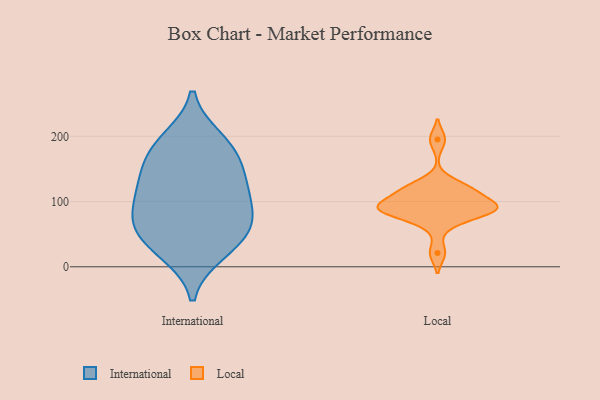
{"axis": {"x": "Conversion Rate (%)", "y": "Value"}, "legend": ["International", "Local"], "data": [{"x": "", "y": 57, "type": "International"}, {"x": "", "y": 179, "type": "International"}, {"x": "", "y": 23, "type": "International"}, {"x": "", "y": 138, "type": "International"}, {"x": "", "y": 122, "type": "International"}, {"x": "", "y": 90, "type": "International"}, {"x": "", "y": 34, "type": "International"}, {"x": "", "y": 64, "type": "International"}, {"x": "", "y": 73, "type": "International"}, {"x": "", "y": 121, "type": "International"}, {"x": "", "y": 174, "type": "International"}, {"x": "", "y": 194, "type": "International"}, {"x": "", "y": 121, "type": "Local"}, {"x": "", "y": 122, "type": "Local"}, {"x": "", "y": 92, "type": "Local"}, {"x": "", "y": 110, "type": "Local"}, {"x": "", "y": 87, "type": "Local"}, {"x": "", "y": 195, "type": "Local"}, {"x": "", "y": 86, "type": "Local"}, {"x": "", "y": 92, "type": "Local"}, {"x": "", "y": 21, "type": "Local"}, {"x": "", "y": 87, "type": "Local"}, {"x": "", "y": 65, "type": "Local"}, {"x": "", "y": 120, "type": "Local"}, {"x": "", "y": 89, "type": "Local"}, {"x": "", "y": 91, "type": "Local"}]}